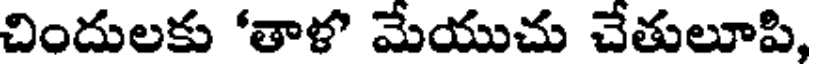
చిందులకు 'తాళ మేయుచు చేతులూపి,